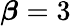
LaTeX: \boldsymbol\beta=3